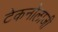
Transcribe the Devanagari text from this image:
टेकनोलाजी